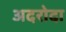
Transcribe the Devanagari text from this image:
अदरोदा